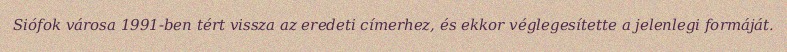
Siófok városa 1991-ben tért vissza az eredeti címerhez, és ekkor véglegesítette a jelenlegi formáját.